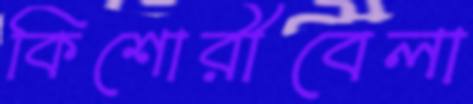
কিশোরীবেলা